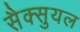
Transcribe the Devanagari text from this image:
सैक्सुयल